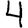
Digit: 4